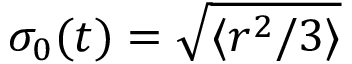
\sigma _ { 0 } ( t ) = \sqrt { \langle r ^ { 2 } / 3 \rangle }